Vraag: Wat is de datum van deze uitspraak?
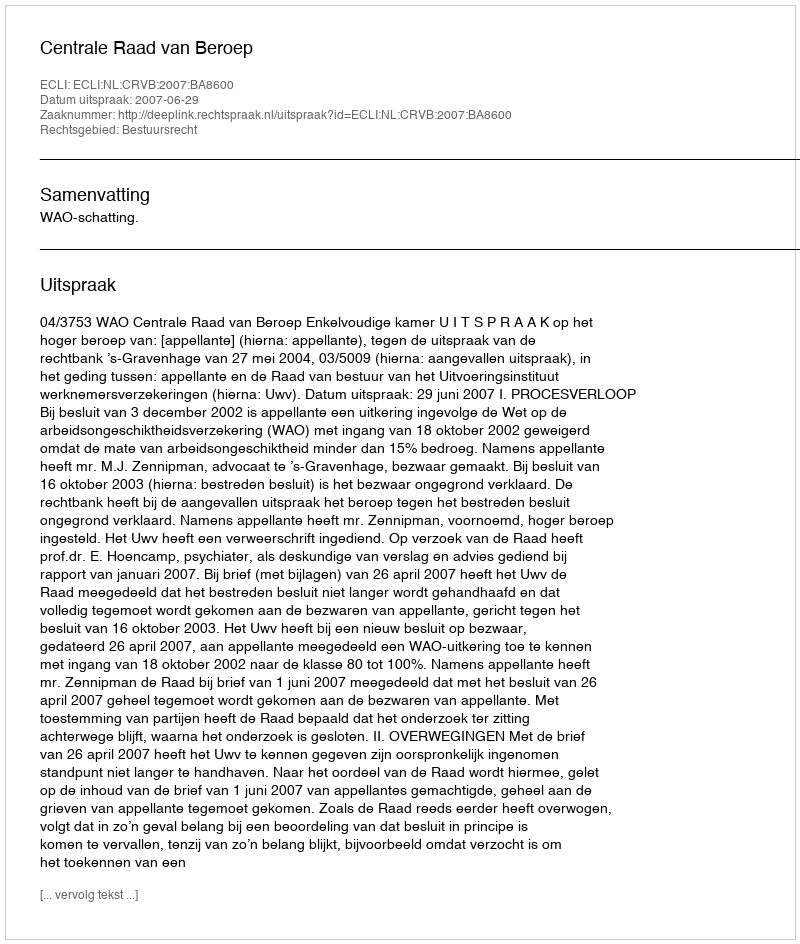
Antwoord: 2007-06-29